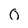
Character: 0